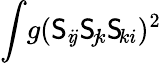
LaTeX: \int\! g(\mathsf{S}_{i\! j}\mathsf{S}_{\! j\! k}\mathsf{S}_{\! ki})^{2}